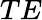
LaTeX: TE